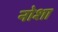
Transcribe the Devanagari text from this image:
नोशा